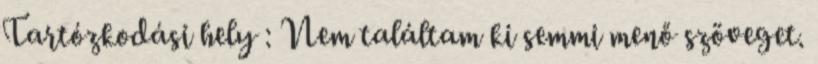
Tartózkodási hely : Nem találtam ki semmi menő szöveget.